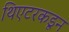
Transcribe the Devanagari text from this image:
थिएटरकडून